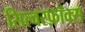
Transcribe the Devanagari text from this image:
सिल्वरफ़ॉक्स